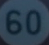
60